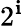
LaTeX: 2^{\mathbf{i}}